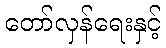
တော်လှန်ရေးနှင့်